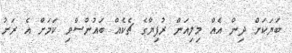
ބަޔަކަށް ދިން އެއް މިލިއަން ރުފިޔާގެ ޗެކެއް ބައުންސްވި ކަމަށް އެ ރަށު